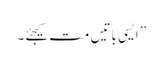
” ایسی باتیں مت کیجئے۔